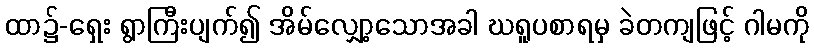
ထာ၌-ရှေး ရွာကြီးပျက်၍ အိမ်လျှော့သောအခါ ဃရူပစာရမှ ခဲတကျဖြင့် ဂါမကို